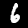
Digit: 6